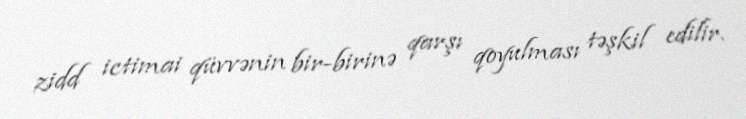
zidd ictimai qüvvənin bir-birinə qarşı qoyulması təşkil edilir.